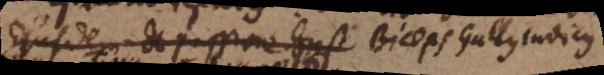
Ejusdem de passione hyst Biceps Gallus Indicus